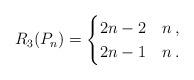
LaTeX: \begin{align*}R_3(P_n)=\begin{cases}2n-2 & n \,,\\2n-1 & n \,.\end{cases}\end{align*}